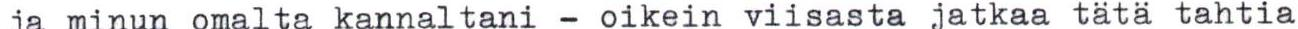
ja minun omalta kannaltani - oikein viisasta jatkaa tätä tahtia